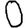
Digit: 0